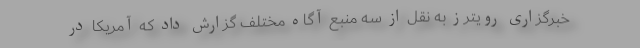
خبرگزاری رویترز به نقل از سه منبع آگاه مختلف گزارش داد که آمریکا در